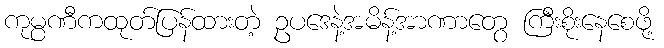
ကုမ္ပဏီကထုတ်ပြန်ထားတဲ့ ဥပဒေနဲ့အမိန့်အာဏာတွေ ကြီးစိုးနေစေဖို့